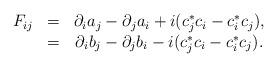
LaTeX: \begin{align*} \begin{array}{ccc}F_{ij} & = & \partial _ia_j-\partial _ja_i+i(c_j^{*}c_i-c_i^{*}c_j), \\ & = & \partial _ib_j-\partial _jb_i-i(c_j^{*}c_i-c_i^{*}c_j). \end{array}\end{align*}